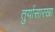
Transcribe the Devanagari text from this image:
तुर्यासारखा